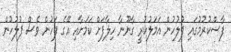
ފާސްކުރުމުގައި ފުލުހުން އަމަލުކުރީ ގާނޫނާ ހިލާފަށް ކަމަށާއި އޭގެ ފަހުން ވެސް ފުލުހުން